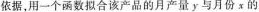
依据，用一个函数拟合该产品的月产量y与月份x的